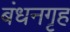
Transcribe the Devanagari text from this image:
बंधनगृह